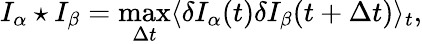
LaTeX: I_{\alpha}\star I_{\beta}=\operatorname*{max}_{\Delta t}\langle\delta I_{\alpha}(t)\delta I_{\beta}(t+\Delta t)\rangle_{t},